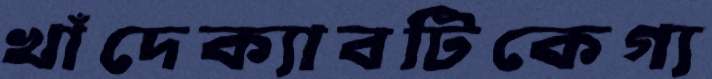
খাঁদেক্যাবটিকেগ্য